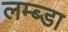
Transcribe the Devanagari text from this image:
लम्ब्डा